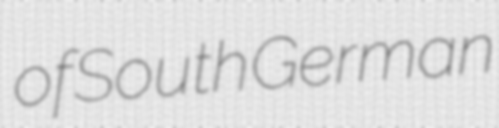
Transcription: of South German